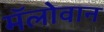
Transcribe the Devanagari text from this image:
मॅलोवान